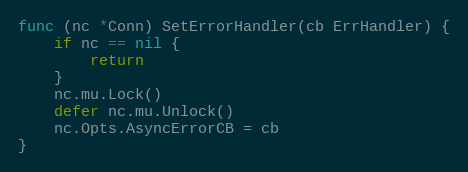
Language: Go
func (nc *Conn) SetErrorHandler(cb ErrHandler) {
	if nc == nil {
		return
	}
	nc.mu.Lock()
	defer nc.mu.Unlock()
	nc.Opts.AsyncErrorCB = cb
}